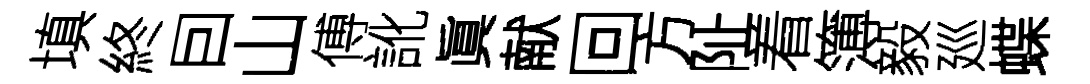
填終囙山傅訛眞献回方阯着簿毅廵蝶